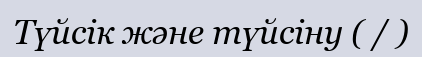
Түйсік және түйсіну ( / )